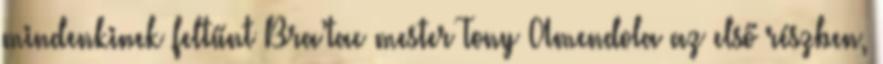
mindenkinek feltűnt Bra’tac mester Tony Amendola az első részben,